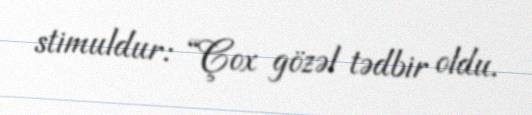
stimuldur: “Çox gözəl tədbir oldu.